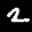
Label: 2